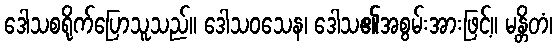
ဒေါသစရိုက်ပြောသူသည်။ ဒေါသဝသေန၊ ဒေါသ၏အစွမ်းအားဖြင့်။ မန္တိတံ၊